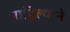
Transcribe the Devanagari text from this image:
राहिल्‍याने